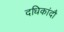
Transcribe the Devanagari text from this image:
दधिकांदौ